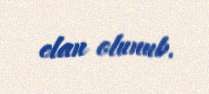
elan olunub.